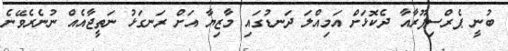
ބުނީ ޕެރްސިޕޫރާއާ ދެކޮޅަށް އަމިއްލަ ދަނޑުގައި މާޒިޔާ އަށް ރަނގަޅު ނަތީޖާއެއް ނުނެރެވޭނެ